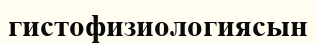
гистофизиологиясын